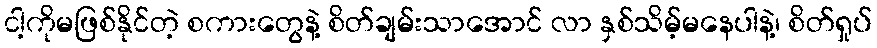
ငါ့ကိုမဖြစ်နိုင်တဲ့ စကားတွေနဲ့ စိတ်ချမ်းသာအောင် လာ နှစ်သိမ့်မနေပါနဲ့၊ စိတ်ရှုပ်